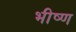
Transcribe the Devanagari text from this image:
भीष्ण